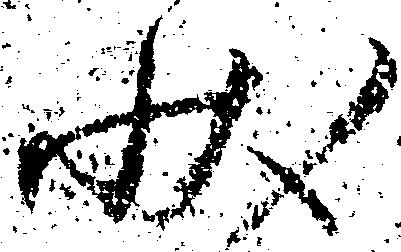
状